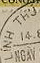
LINH THU